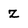
Character: Z